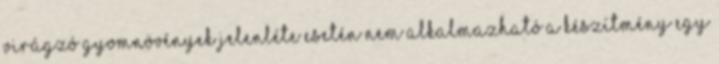
virágzó gyomnövények jelenléte esetén nem alkalmazható A készítmény egy